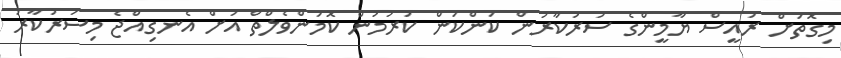
މިގޮތަށް ރައީސް ޔާމީންގެ ސަރުކާރުން ކަންކަން ކުރުމުން ކޮމަންވެލްތް އަށް އެނގިއްޖެ މިސަރުކާރު